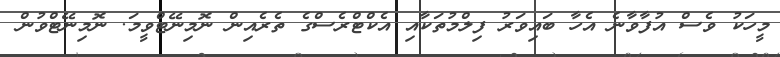
މީހަކު ވެސް އުފާވާނެ އެހާ ބައިވަރު ފިލްމުތަކާއި އެކްޓްރެސްގެ ތެރެއިން ނޮމިނޭޓްވީމަ. ނޮމިނޭޓްވުން